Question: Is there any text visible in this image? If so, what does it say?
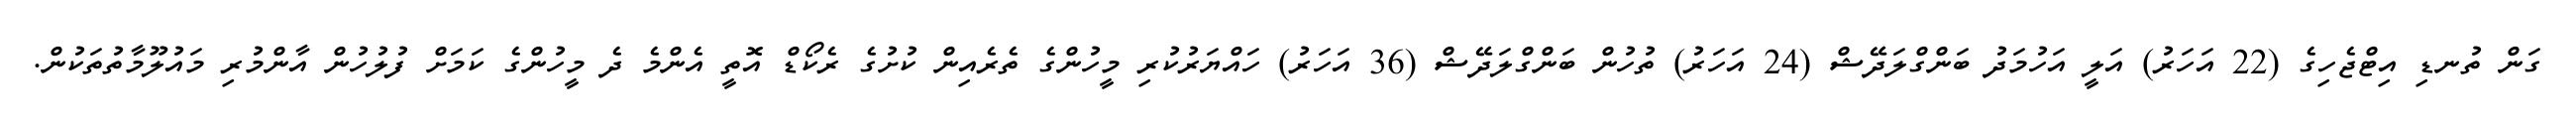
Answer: ގަން ތުނޑި އިޓްޖެހިގެ (22 އަހަރު) އަލީ އަހުމަދު ބަންގްލަދޭޝް (24 އަހަރު) ތުހުން ބަންގްލަދޭޝް (36 އަހަރު) ހައްޔަރުކުރި މީހުންގެ ތެރެއިން ކުށުގެ ރެކޯޑް އޮތީ އެންމެ ދެ މީހުންގެ ކަމަށް ފުލުހުން އާންމުރި މައުލޫމާތުތަކުން.